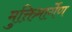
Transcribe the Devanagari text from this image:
मुक्तिमार्गेण